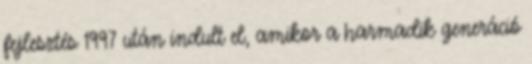
fejlesztés 1997 után indult el, amikor a harmadik generáció